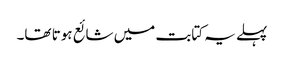
پہلے یہ کتابت میں شائع ہوتا تھا۔